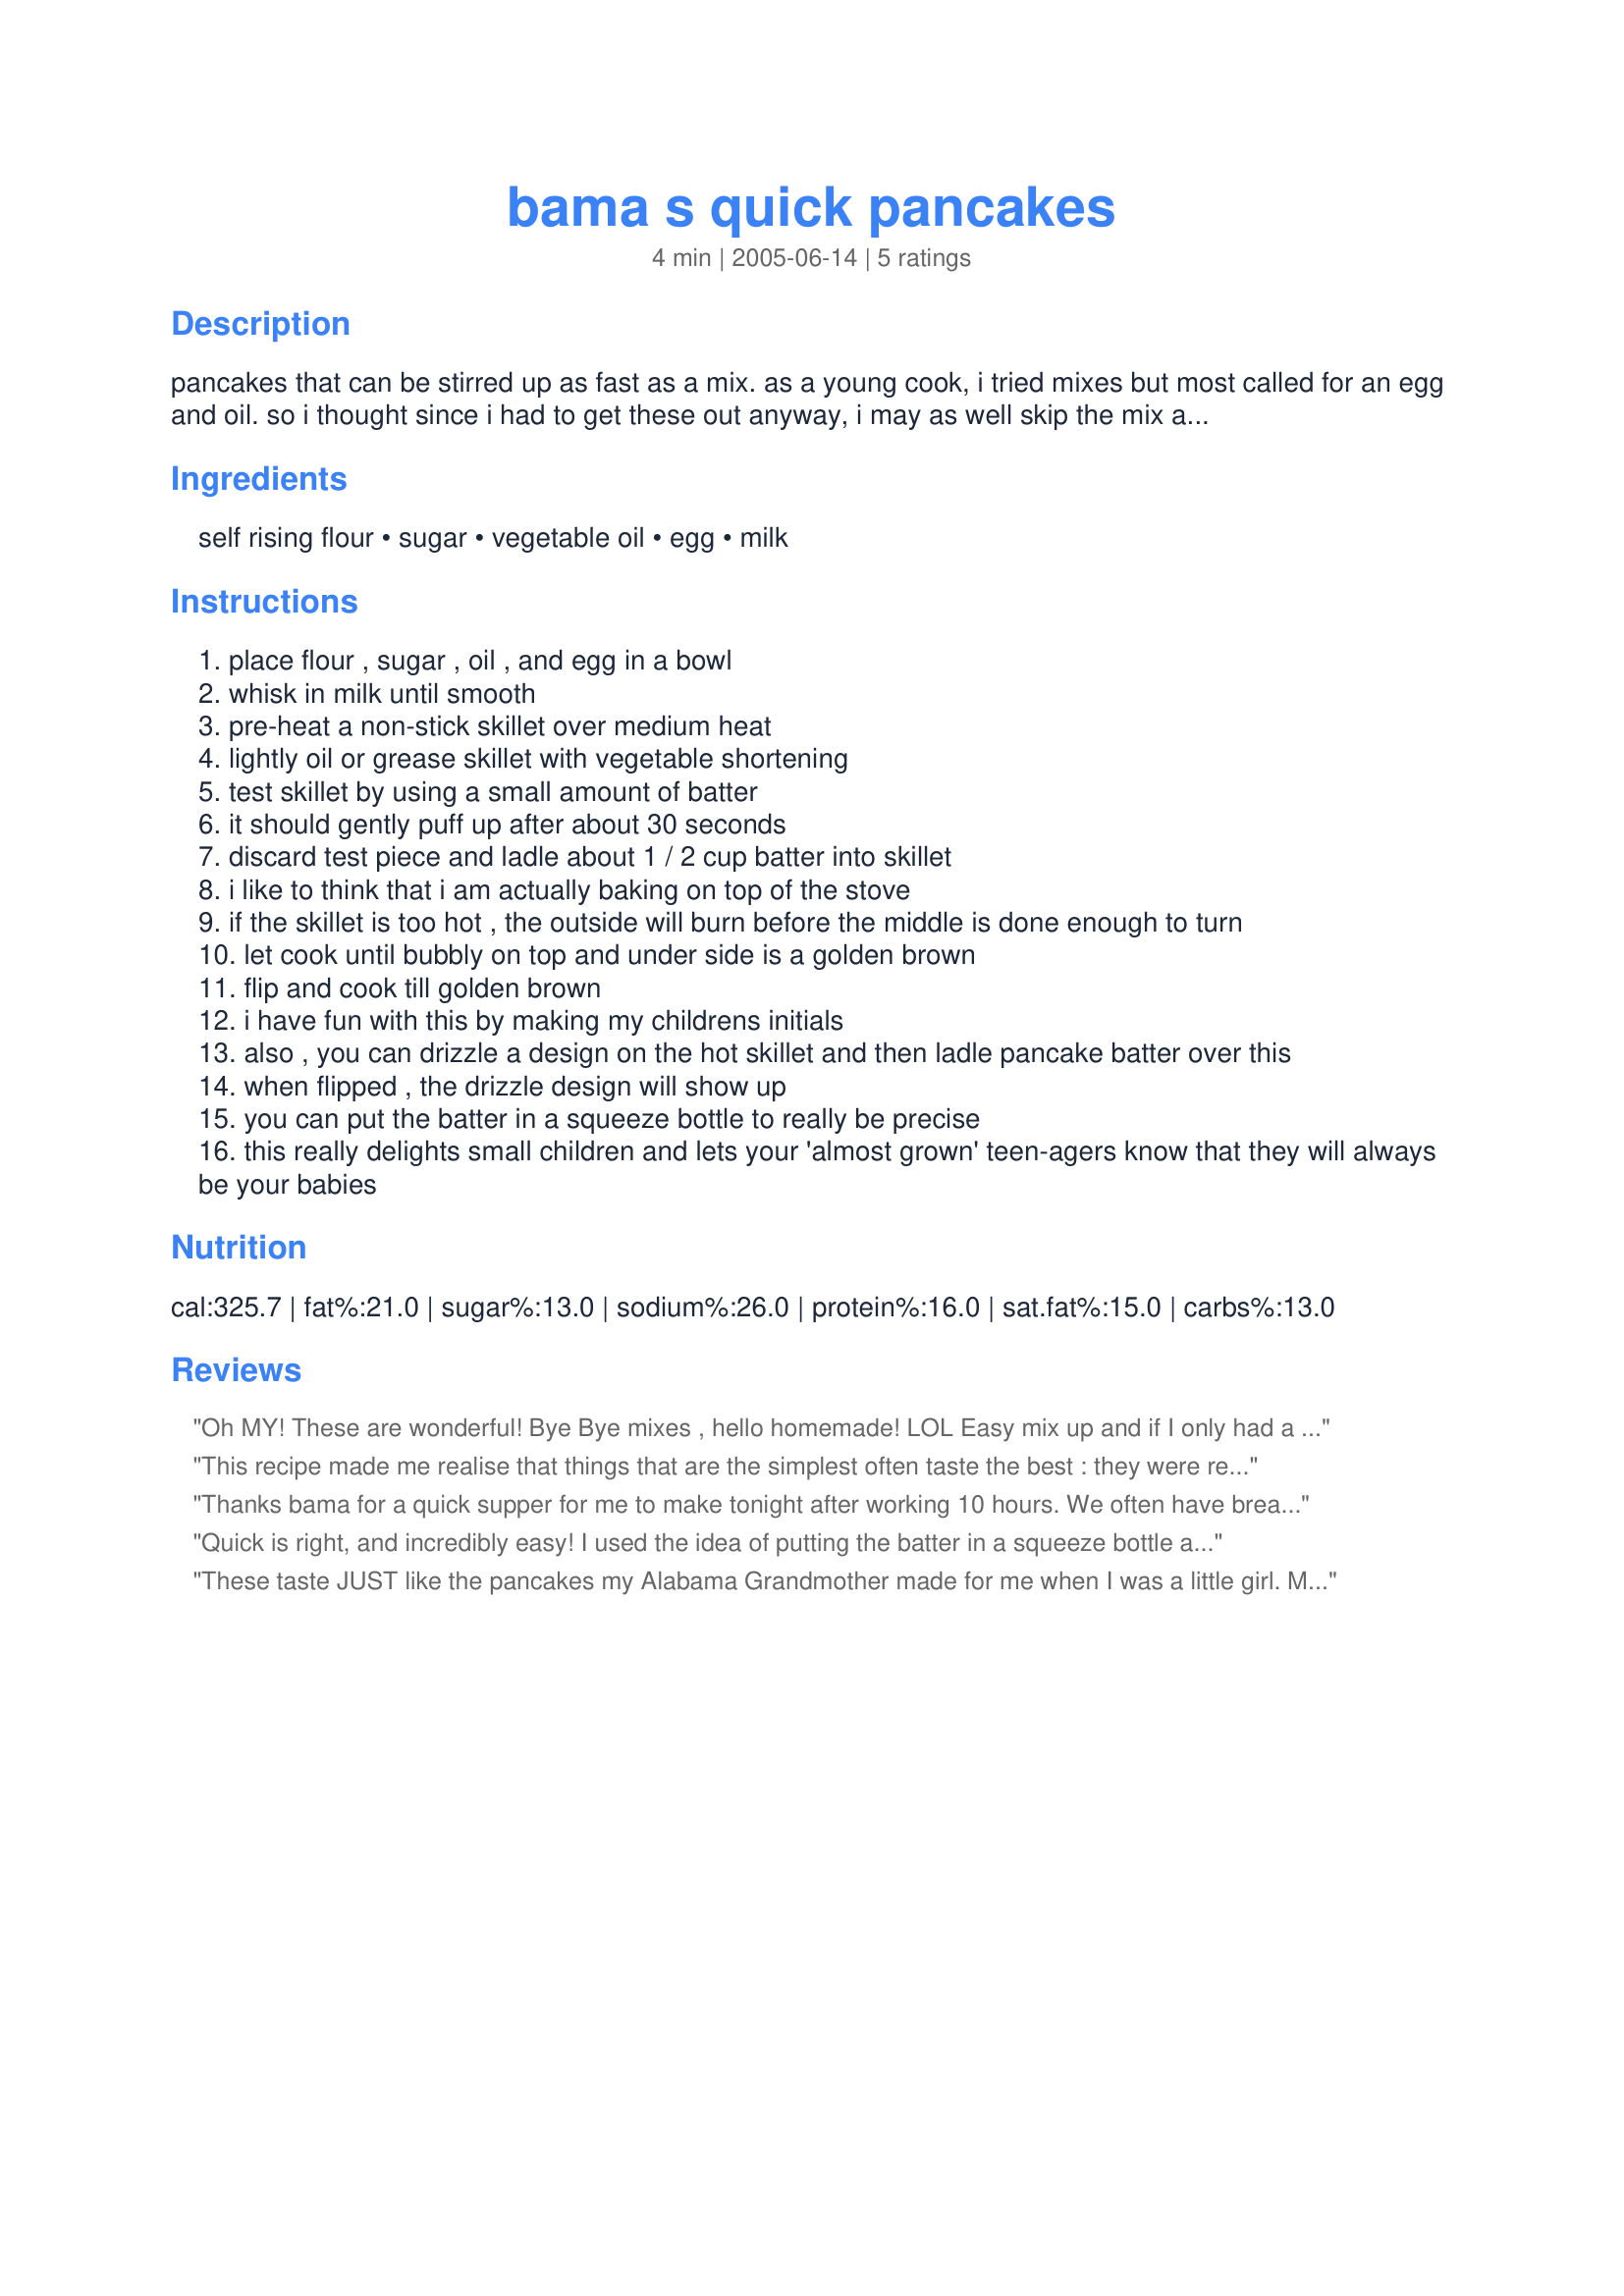
bama s quick pancakes
Preparation time: 4 minutes

pancakes that can be stirred up as fast as a mix. as a young cook, i tried mixes but most called for an egg and oil. so i thought since i had to get these out anyway, i may as well skip the mix and use my own flour and milk also. this is what i came up with.

Ingredients:
self rising flour, sugar, vegetable oil, egg, milk

Steps:
place flour , sugar , oil , and egg in a bowl
whisk in milk until smooth
pre-heat a non-stick skillet over medium heat
lightly oil or grease skillet with vegetable shortening
test skillet by using a small amount of batter
it should gently puff up after about 30 seconds
discard test piece and ladle about 1 / 2 cup batter into skillet
i like to think that i am actually baking on top of the stove
if the skillet is too hot , the outside will burn before the middle is done enough to turn
let cook until bubbly on top and under side is a golden brown
flip and cook till golden brown
i have fun with this by making my childrens initials
also , you can drizzle a design on the hot skillet and then ladle pancake batter over this
when flipped , the drizzle design will show up
you can put the batter in a squeeze bottle to really be precise
this really delights small children and lets your 'almost grown' teen-agers know that they will always be your babies

Reviews:
Oh MY! These are wonderful! Bye Bye mixes , hello homemade! LOL

Easy mix up and if I only had a griddle they'd be quick for me to cook too! LOL

I love the flavor of these! The bit of sweet with the sugar ... Mmmm .. these will DEFINITELY be made again!!

Thanks so much for posting!
This recipe made me realise that things that are the simplest often taste the best : they were really quick to make and tasted great! Thanks!
Thanks bama for a quick supper for me to make tonight after working 10 hours. We often have breakfast for supper and paired with some sausage, DH and DS's were good to go. I used 3/4 cup buttermilk and 1/4 cup skim milk. Also, I added a few blueberries to the batter. I love the added sugar, as it was just the right amount of sweetness. Thanks for posting a good one!!!
Made for Spring PAC '08~
Quick is right, and incredibly easy! I used the idea of putting the batter in a squeeze bottle and we ate our names for breakfast! I made up a second batch and used it to make waffles in my waffle iron. We topped our pancakes and waffles with golden syrup (for me) and with chocolate spread (my youngest Dornette).
These taste JUST like the pancakes my Alabama Grandmother made for me when I was a little girl. MAN this takes me back home again!!!!! My uncle also used to make our names or initials out of the pancake batter, and this was the perfect recipe to do that for my boys as well. Thank you for taking me back to my childhood, and giving me a chance to do the same for my sons.
